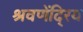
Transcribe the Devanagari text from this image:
श्रवणेंदि्रय